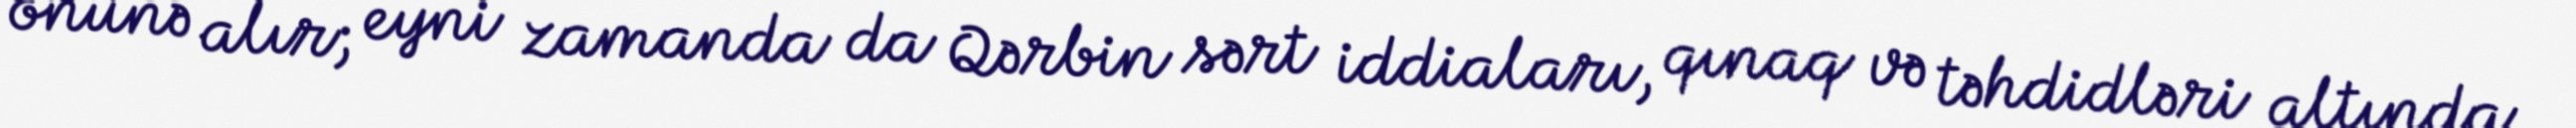
önünə alır; eyni zamanda da Qərbin sərt iddiaları, qınaq və təhdidləri altında